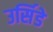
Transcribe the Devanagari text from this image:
उर्सिडे